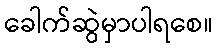
ခေါက်ဆွဲမှာပါရစေ။